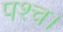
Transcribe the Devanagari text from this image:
पश्च।